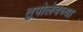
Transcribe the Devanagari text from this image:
तुपोलेवच्या